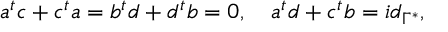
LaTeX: a ^ { t } c + c ^ { t } a = b ^ { t } d + d ^ { t } b = 0 , \quad a ^ { t } d + c ^ { t } b = i d _ { \Gamma ^ { * } } ,